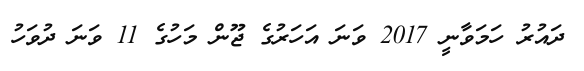
ދައުރު ހަމަވާނީ 2017 ވަނަ އަހަރުގެ ޖޫން މަހުގެ 11 ވަނަ ދުވަހު